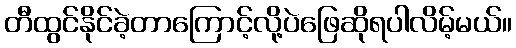
တီထွင်နိုင်ခဲ့တာကြောင့်လို့ပဲဖြေဆိုရပါလိမ့်မယ်။